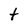
Character: t